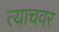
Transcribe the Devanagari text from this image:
त्याचवर